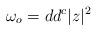
LaTeX: \begin{align*}\omega _o = dd^c|z|^2\end{align*}